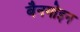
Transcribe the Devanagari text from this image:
बैनगोइन